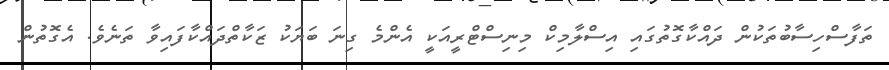
ތަފާސްހިސާބުތަކުން ދައްކާގޮތުގައި އިސްލާމިކް މިނިސްޓްރީއަކީ އެންމެ ގިނަ ބަޔަކު ޒަކާތްދައްކާފައިވާ ތަނެވެ. އެގޮތުން